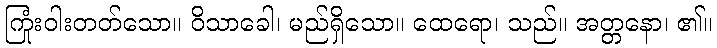
ကြုံးဝါးတတ်သော။ ဝိသာခေါ၊ မည်ရှိသော။ ထေရော၊ သည်။ အတ္တနော၊ ၏။